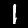
Label: 1